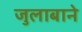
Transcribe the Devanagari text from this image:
जुलाबाने